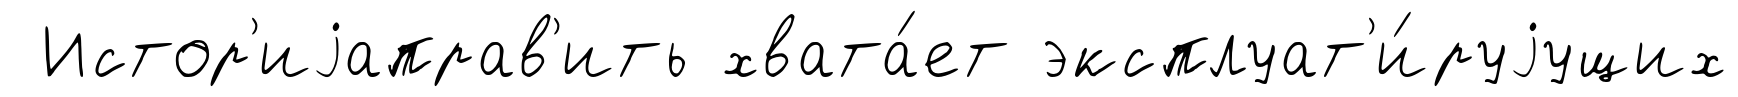
Истор'иjаправ'ить хвата́ет эксплуат'и́руjущих